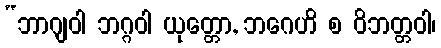
“ဘာဂျဝါ ဘဂ္ဂဝါ ယုတ္တော, ဘဂေဟိ စ ဝိဘတ္တဝါ၊